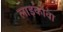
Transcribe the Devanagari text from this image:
लाड़कावा